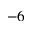
^ { - 6 }